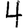
Digit: 4